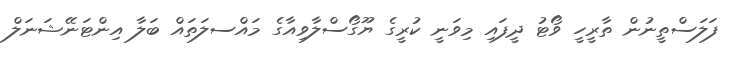
ފަލަސްތީނުން ތާރީހީ ވޯޓު ދީފައި މިވަނީ ކުރީގެ ޔޫގޯސްލާވިއާގެ މައްސލަތައް ބަލާ އިންޓަނޭޝަނަލް